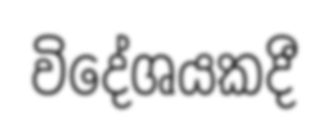
විදේශයකදී